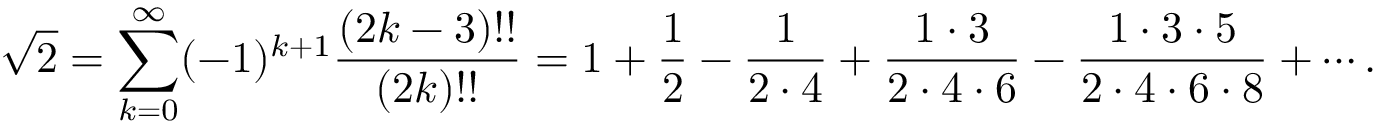
{ \sqrt { 2 } } = \sum _ { k = 0 } ^ { \infty } ( - 1 ) ^ { k + 1 } { \frac { ( 2 k - 3 ) ! ! } { ( 2 k ) ! ! } } = 1 + { \frac { 1 } { 2 } } - { \frac { 1 } { 2 \cdot 4 } } + { \frac { 1 \cdot 3 } { 2 \cdot 4 \cdot 6 } } - { \frac { 1 \cdot 3 \cdot 5 } { 2 \cdot 4 \cdot 6 \cdot 8 } } + \cdots .